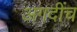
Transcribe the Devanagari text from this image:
अगदींच